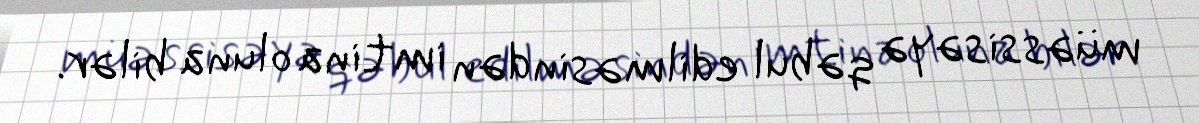
müəssisəyə qəbul edilməsindən imtina oluna bilər.